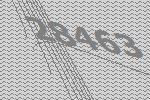
28463